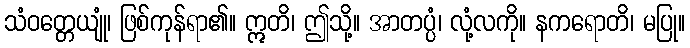
သံဝတ္တေယျုံ၊ ဖြစ်ကုန်ရာ၏။ ဣတိ၊ ဤသို့။ အာတပ္ပံ၊ လုံ့လကို။ နကရောတိ၊ မပြု။